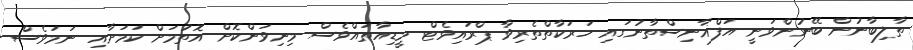
ތާލިބާނުން ބޭނުންވަނީ އަފްޣާނިސްތާނުގައި ހަރަކާތްތެރިވާ ޕްރައިވެޓް މީޑިއާތައްވެސް މިނިވަންކޮށް އޮތުމަށް ކަމަށާއި ނަމަވެސް